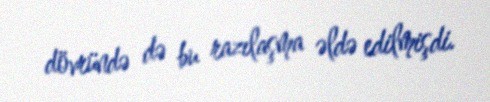
dövründə də bu razılaşma əldə edilmişdi.